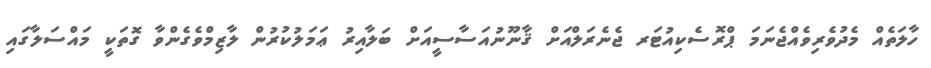
ހާލަތެއް މެދުވެރިވެއްޖެނަމަ ޕްރޮސެކިއުޓަރ ޖެނެރަލްއަށް ޤާނޫނުއަސާސީއަށް ބަލާއިރު ޢަމަލުކުރުން ލާޒިމްވެގެންވާ ގޮތަކީ މައްސަލާގައި